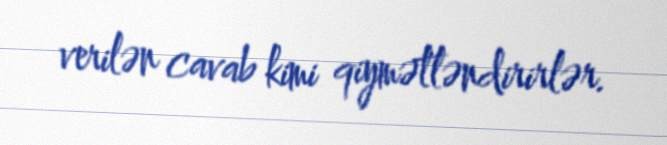
verilən cavab kimi qiymətləndirirlər.